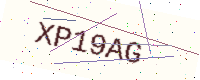
Text: XP19AG